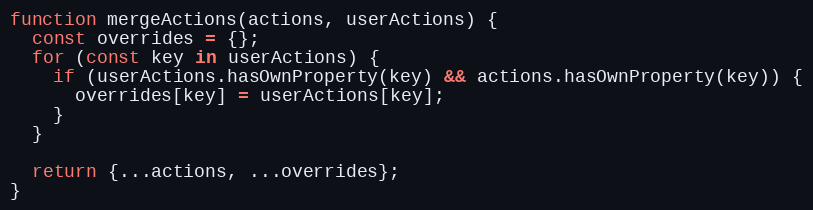
Language: JavaScript
function mergeActions(actions, userActions) {
  const overrides = {};
  for (const key in userActions) {
    if (userActions.hasOwnProperty(key) && actions.hasOwnProperty(key)) {
      overrides[key] = userActions[key];
    }
  }

  return {...actions, ...overrides};
}